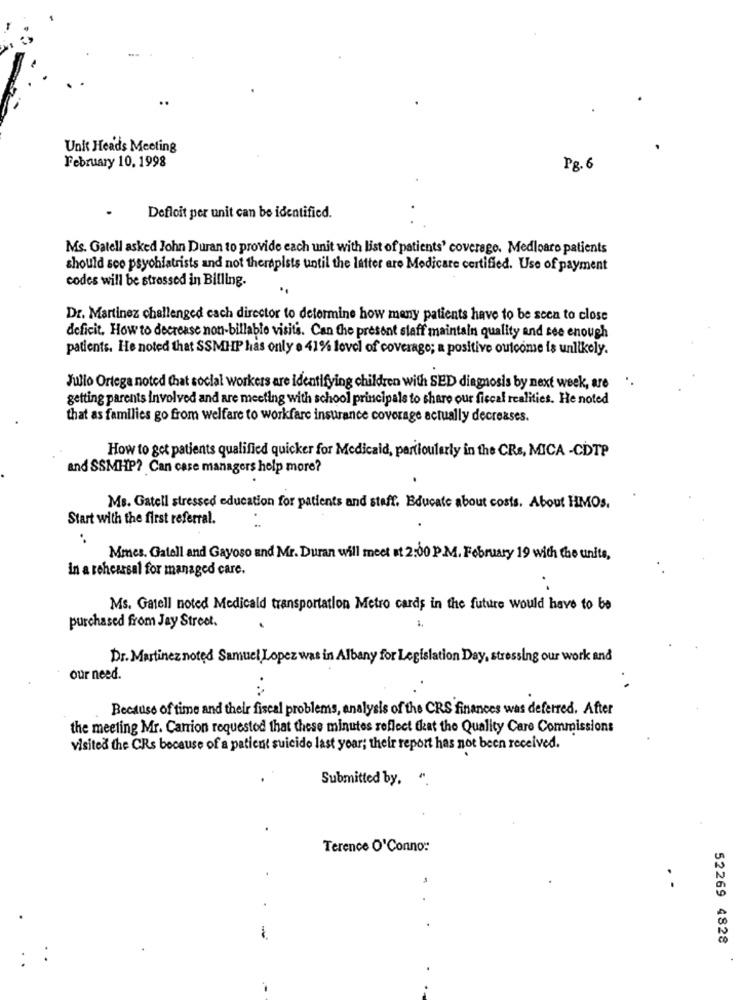
Unit Heads Meeting
February 10. 1998
P8. 6
Defloit per unit can be identified.
Ms. Gatell asked John Duran to provide each unit with list of patients' coverage. Medloaro patients
should soo psychiatrists and not therapists until the letter are Medicare certified. Use of payment
codes will be stressed in Billing.
Dr. Martinez challenged cach director to determine how many patients have to be seea to close
deficit. How to decrease non-billable visits. Can the present staff maintain quality and see enough
patients. He noted that SSMHP has only a 41% lovel of coverage; a positive outcome is unlikely.
Julio Ortega noted that social workers are identifying children with SED diagnosis by next week, are
getting parents involved and are meeting with school principals to share our fiscal realities. He noted
that as families go from welfare to workfare insurance coverage actually decreases.
How to get patients qualified quicker for Medicaid, particularly in the CRs, MICA -CDTP
and SSMHP? Can case managers help more?
Ms. Gatell stressed education for patients and staff. Educate about costs. About HMOs.
Start with the first referral.
Mmes. Gatell and Gayoso and Mr. Duran will meet at 2:00 P.M. February 19 with the units,
In a rehearsal for managed care.
Ms. Gatell noted Medicald transportation Metro cards in the future would have to be
purchased from Jay Street.
Dr. Martinez noted Samuel Lopez
in Albany for Legislation Day, stressing our work and
our need.
Because of time and their fiscal problems, analysis of the CRS finances was deferred. After
the meeting Mr. Carrion requested that these minutes reflect that the Quality Care Commissions
visited the CRs because of a patient suicide last year; their report has not been received.
Submitted by, ".
Terence O'Conno:
-
52269 4828